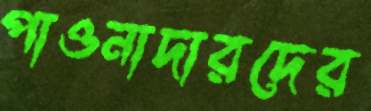
পাওনাদারদের